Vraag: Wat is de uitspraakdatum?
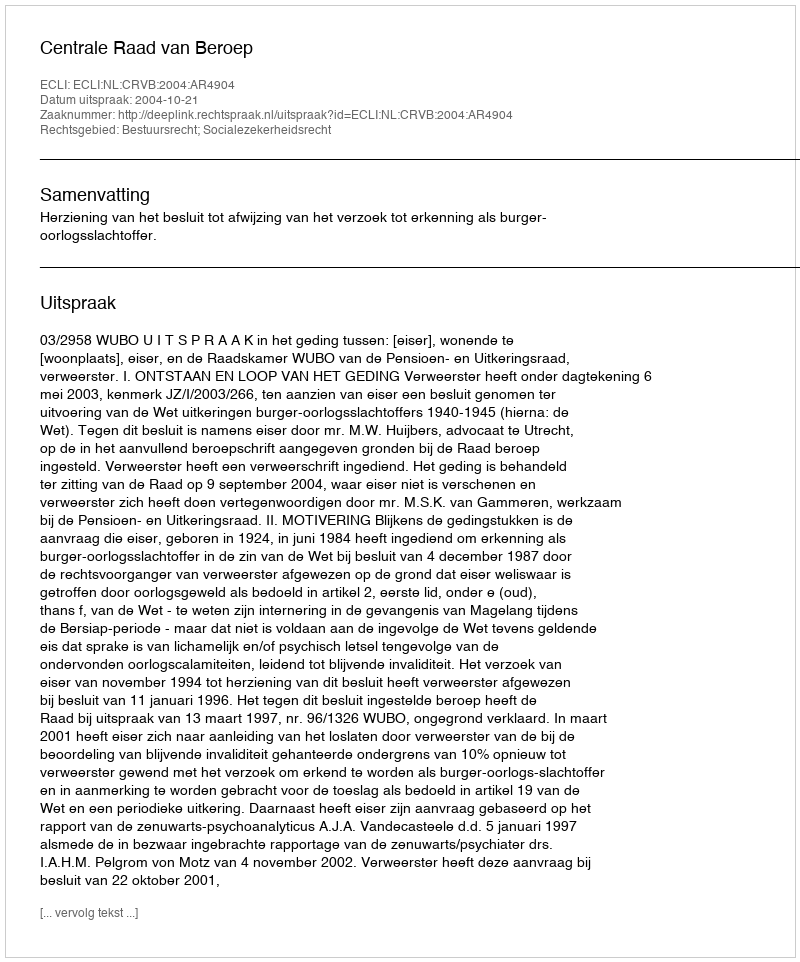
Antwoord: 2004-10-21